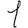
Digit: 1